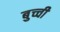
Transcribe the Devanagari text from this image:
बुच्ची